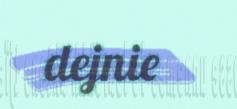
dejnie